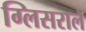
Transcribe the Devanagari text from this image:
ग्लिसरालॅ